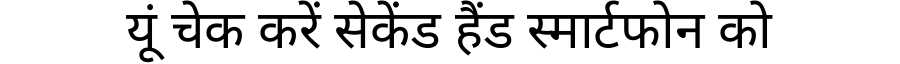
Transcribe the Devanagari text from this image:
यूं चेक करें सेकेंड हैंड स्मार्टफोन को